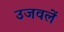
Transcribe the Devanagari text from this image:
उजवलें